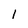
Character: 1